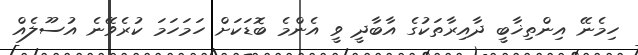
ހިމެނޭ އިންތިޚާބީ ދާއިރާތަކުގެ އާބާދީ ވީ އެންމެ ބޮޑަކަށް ހަމަހަމަ ކުރެވޭނެ އުސޫލެއް